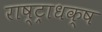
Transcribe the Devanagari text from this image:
राष्ट्राधक्ष